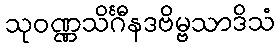
သုဝဏ္ဏသိင်္ဂီနဒဗိမ္ဗသာဒိသံ